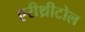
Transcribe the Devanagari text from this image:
एरीथ्रीटोल